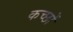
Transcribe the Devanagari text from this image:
कच्छों